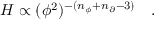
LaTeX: H \propto ( \phi ^ { 2 } ) ^ { - ( n _ { \phi } + n _ { \partial } - 3 ) } \quad .